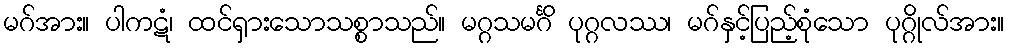
မဂ်အား။ ပါကဋံ၊ ထင်ရှားသောသစ္စာသည်။ မဂ္ဂသမင်္ဂိ ပုဂ္ဂလဿ၊ မဂ်နှင့်ပြည့်စုံသော ပုဂ္ဂိုလ်အား။